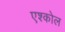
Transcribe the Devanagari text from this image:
एश्कोल